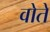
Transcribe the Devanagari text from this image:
वोते